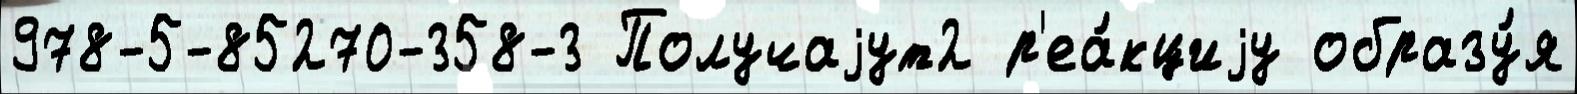
978-5-85270-358-3 Получаjут2 р'еа́кциjу образу́я